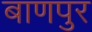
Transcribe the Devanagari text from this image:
बाणपुर